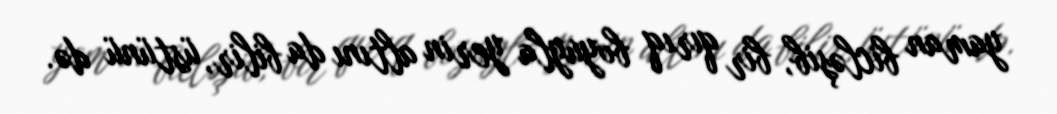
yaman bicləşib, bir qırıq boyuyla yerin altını da bilir, üstünü də.